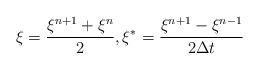
LaTeX: \begin{align*}\xi=\frac{\xi^{n+1}+\xi^n}{2}, \xi^*=\frac{\xi^{n+1}-\xi^{n-1}}{2\Delta t}\end{align*}